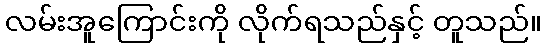
လမ်းအူကြောင်းကို လိုက်ရသည်နှင့် တူသည်။